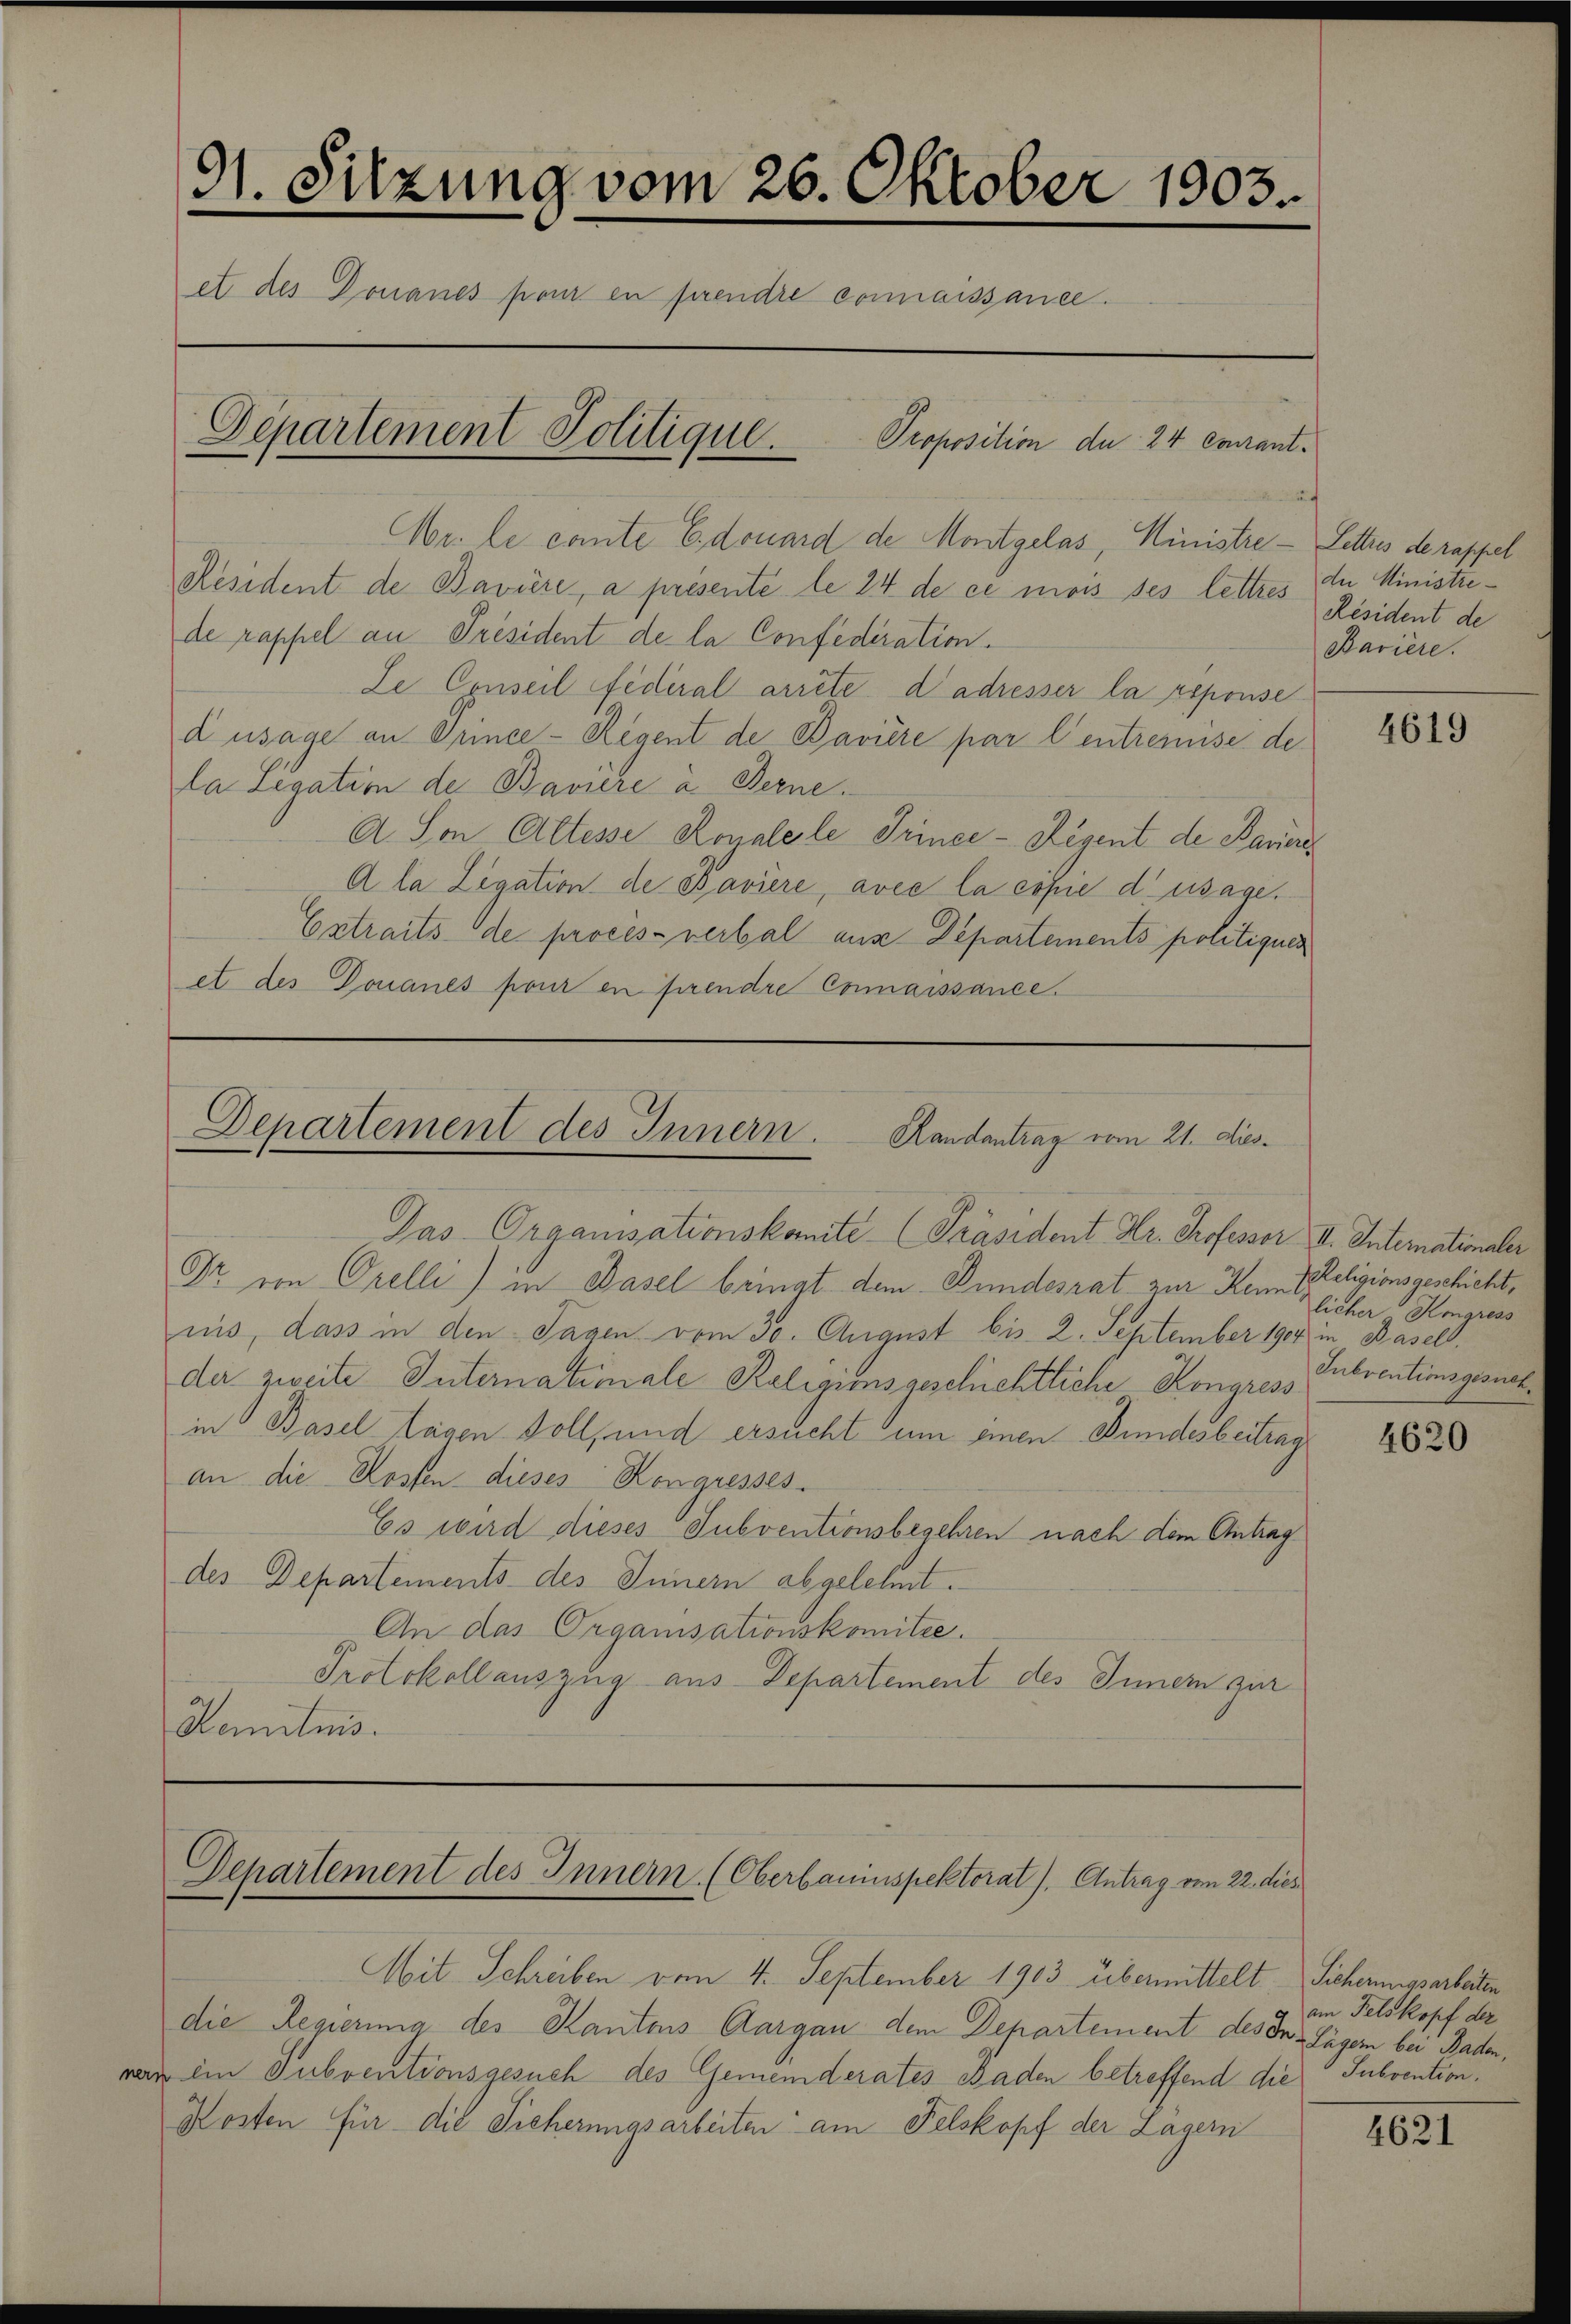
91. Sitzung vom 26. Oktober 1903.
et des Donaues pour en prendre connaissance.
Departement Politique.
Proposition du 24 courant.

Mr. le cante Edouard de Montgelas, Ministre - Lettes de rappel
Resident de Bavière, a présente le 24 de ce mois ses lettres Resident de
de rappel an Président de la Confediration.
Le Conseil fédéral arrete d’adresser la response
d usage an Prince- Regent de Bavière par l’entremise de
a Legation der Bavière à Ferne.
A. Son Altesse Royalele Trince- Ligent de Bauere
A la Ligation de Baviere, avec la copie d’usage.
Extraits de procès-verbal aus Departements politiquer
et des Donaues pour en prendre Connaissance.

Departement des Innern. Randantrag vom 21. dies

Das Organisationskomité (Präsident Dr. Professor II. Internationaler
Dr von Orelli) in Basel bringt dem Bundesrat zur Kenn Iseligionsgeschicht,
iis, dass in den Tagen vom 30. August bis 2. September 1904 in Basellde zweite Internatimale Religimsgeschichtliche Kongress
in Basel lagen soll, und ersucht um einen Bundesbeitrag
an die Rossen dieses Kongresses.
Es wird dieses Subventionsbegehren nach dem Antrag
des Departements des Innern abgelehnt.
An das Organisationskomitze.
Protokollauszug aus-Departement des Inner zur
Kemitnis.

Departement des Innern (Oberbauinspektorat). Antrag vom 22. dies

Mit Schreiben vom 4. September 1903 übermittelt Sicherungsarbeiten
die Regierung des Kantons Aargau dem Departement des In- Jägern bei Baden,
rern im Subventionsgesuch des Gemeinderates Baden betreffend die Subvention.
Kosten für die Sicherungsarbeiten am Felskopf der Lagern

de Ministre¬
Baviere.

4619

licher Kongress
Subventionsgesuch

4620

am Felskopf der

4621